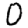
Digit: 0